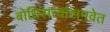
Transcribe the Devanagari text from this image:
बोधिसत्त्वांसमवेत